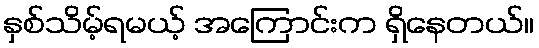
နှစ်သိမ့်ရမယ့် အကြောင်းက ရှိနေတယ်။